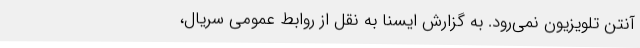
آنتن تلویزیون نمی‌رود. به گزارش ایسنا به نقل از روابط عمومی سریال،